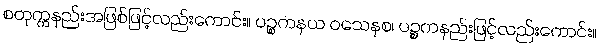
စတုက္ကနည်းအဖြစ်ဖြင့်လည်းကောင်း။ ပဉ္စကနယ ဝသေနစ၊ ပဉ္စကနည်းဖြင့်လည်းကောင်း။